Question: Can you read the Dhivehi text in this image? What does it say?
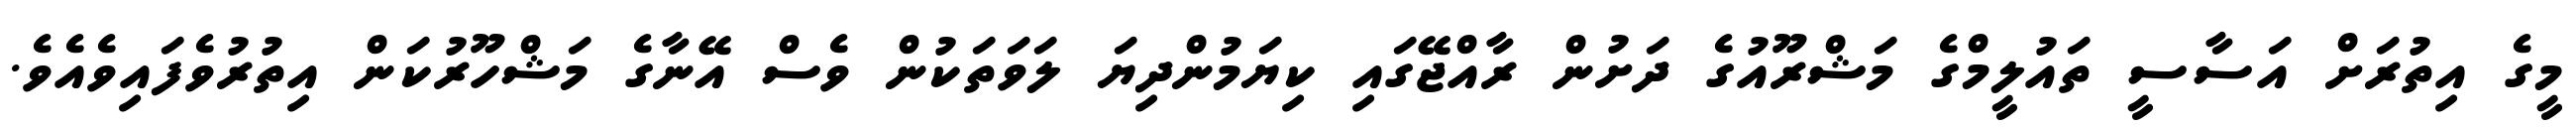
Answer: މީގެ އިތުރަށް އަސާސީ ތައުލީމްގެ މަޝްރޫއުގެ ދަށުން ރާއްޖޭގައި ކިޔަމުންދިޔަ ލަވަތަކުން ވެސް އޭނާގެ މަޝްހޫރުކަން އިތުރުވެފައިވެއެވެ.